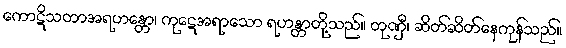
ကောဋိသတာအရဟန္တော၊ ကုဋေအရာသော ရဟန္တာတို့သည်။ တုဏှီ၊ ဆိတ်ဆိတ်နေကုန်သည်။